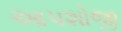
આપશોજી